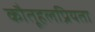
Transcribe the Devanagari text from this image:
कौतूहलप्रियता